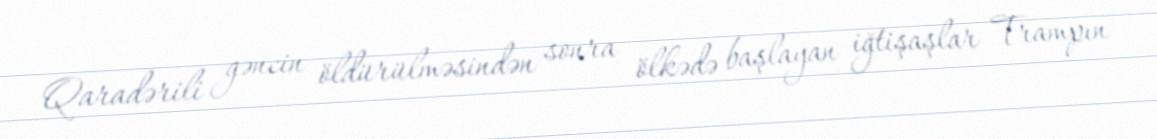
Qaradərili gəncin öldürülməsindən sonra ölkədə başlayan iğtişaşlar Trampın